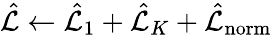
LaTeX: \hat{\mathcal{L}}\gets\hat{\mathcal{L}}_{1}+\hat{\mathcal{L}}_{K}+\hat{\mathcal{L}}_{\mathrm{{norm}}}